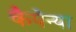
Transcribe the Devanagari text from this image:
कैपेन्या